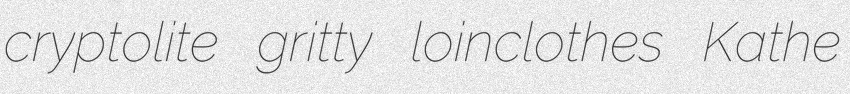
cryptolite gritty loinclothes Kathe